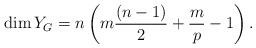
LaTeX: \begin{align*}\dim Y_G&=n\left(m\frac{(n-1)}{2}+\frac{m}{p}-1\right).\end{align*}